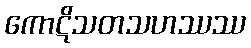
ကောဋိသတသဟဿဿ